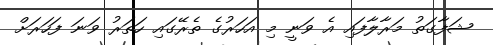
ޝަފާގަތު މަރާލާފައި އެ ވަނީ މި އަހަރުގެ ތެރޭގައި ހަތަރު ވަނަ ފަހަރަށް